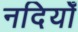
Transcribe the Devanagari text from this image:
नदियोँ